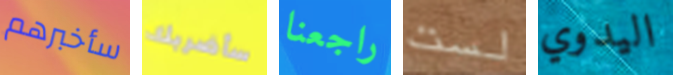
سأخبرهم سأضربك راجعنا لست اليدوي